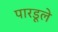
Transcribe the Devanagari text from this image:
पारडूले